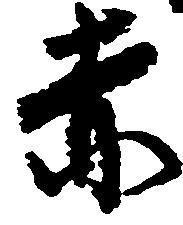
赤